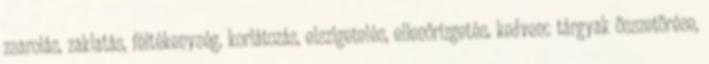
zsarolás, zaklatás, féltékenység, korlátozás, elszigetelés, ellenőrizgetés, kedvenc tárgyak összetörése,